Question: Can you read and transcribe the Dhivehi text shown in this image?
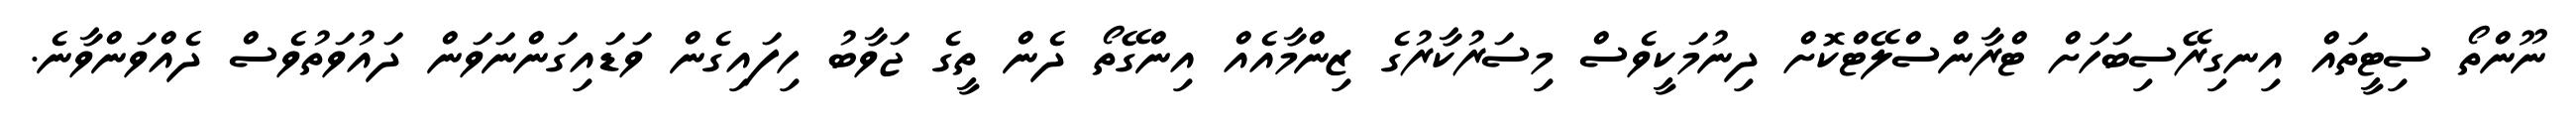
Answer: ނޫންތޯ ސިޓީތައް އިނގިރޭސިބަހަށް ޓްރާންސްލޭޓްކޮށް ދިނުމަކީވެސް މިސަރުކާރުގެ ޒިންމާއެއް އިންގޭތޯ ދެން ތީގެ ޖަވާބު ހިފައިގެން ވަޑައިގަންނަވަން ދައުވަތުވެސް ދެއްވަންވާނެ.